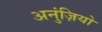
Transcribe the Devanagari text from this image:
अनुंज़ियो